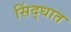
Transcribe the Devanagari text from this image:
सिंद्धात